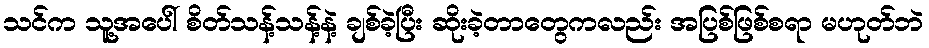
သင်က သူ့အပေါ် စိတ်သန့်သန့်နဲ့ ချစ်ခဲ့ပြီး ဆိုးခဲ့တာတွေကလည်း အပြစ်ဖြစ်စရာ မဟုတ်ဘဲ